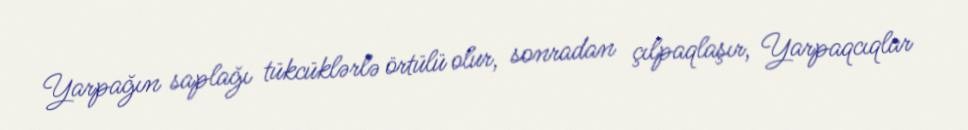
Yarpağın saplağı tükcüklərlə örtülü olur, sonradan çılpaqlaşır, Yarpaqcıqlar